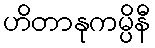
ဟိတာနုကမ္ပိနီ